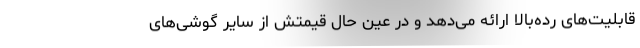
قابلیت‌های رده‌بالا ارائه می‌دهد و در عین حال قیمتش از سایر گوشی‌های